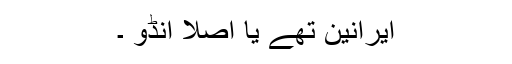
ایرانین تھے یا اصلاً انڈو ۔